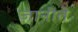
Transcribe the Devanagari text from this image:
जानीते